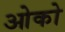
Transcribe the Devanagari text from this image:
ओको